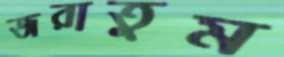
জরাতুম